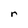
Character: r